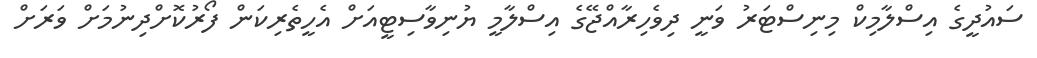
ސައުދީގެ އިސްލާމިކް މިނިސްޓަރު ވަނީ ދިވެހިރާއްޖޭގެ އިސްލާމީ ޔުނިވާސިޓީއަށް އެހީތެރިކަން ފޯރުކޮށްދިނުމަށް ވަރަށް